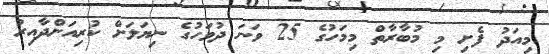
މިއަދު ފެށި މި މުބާރާތް މިމަހުގެ 25 ވަނަ ދުވަހުގެ ނިޔަލަށް ކުރިއަށްދާއިރު